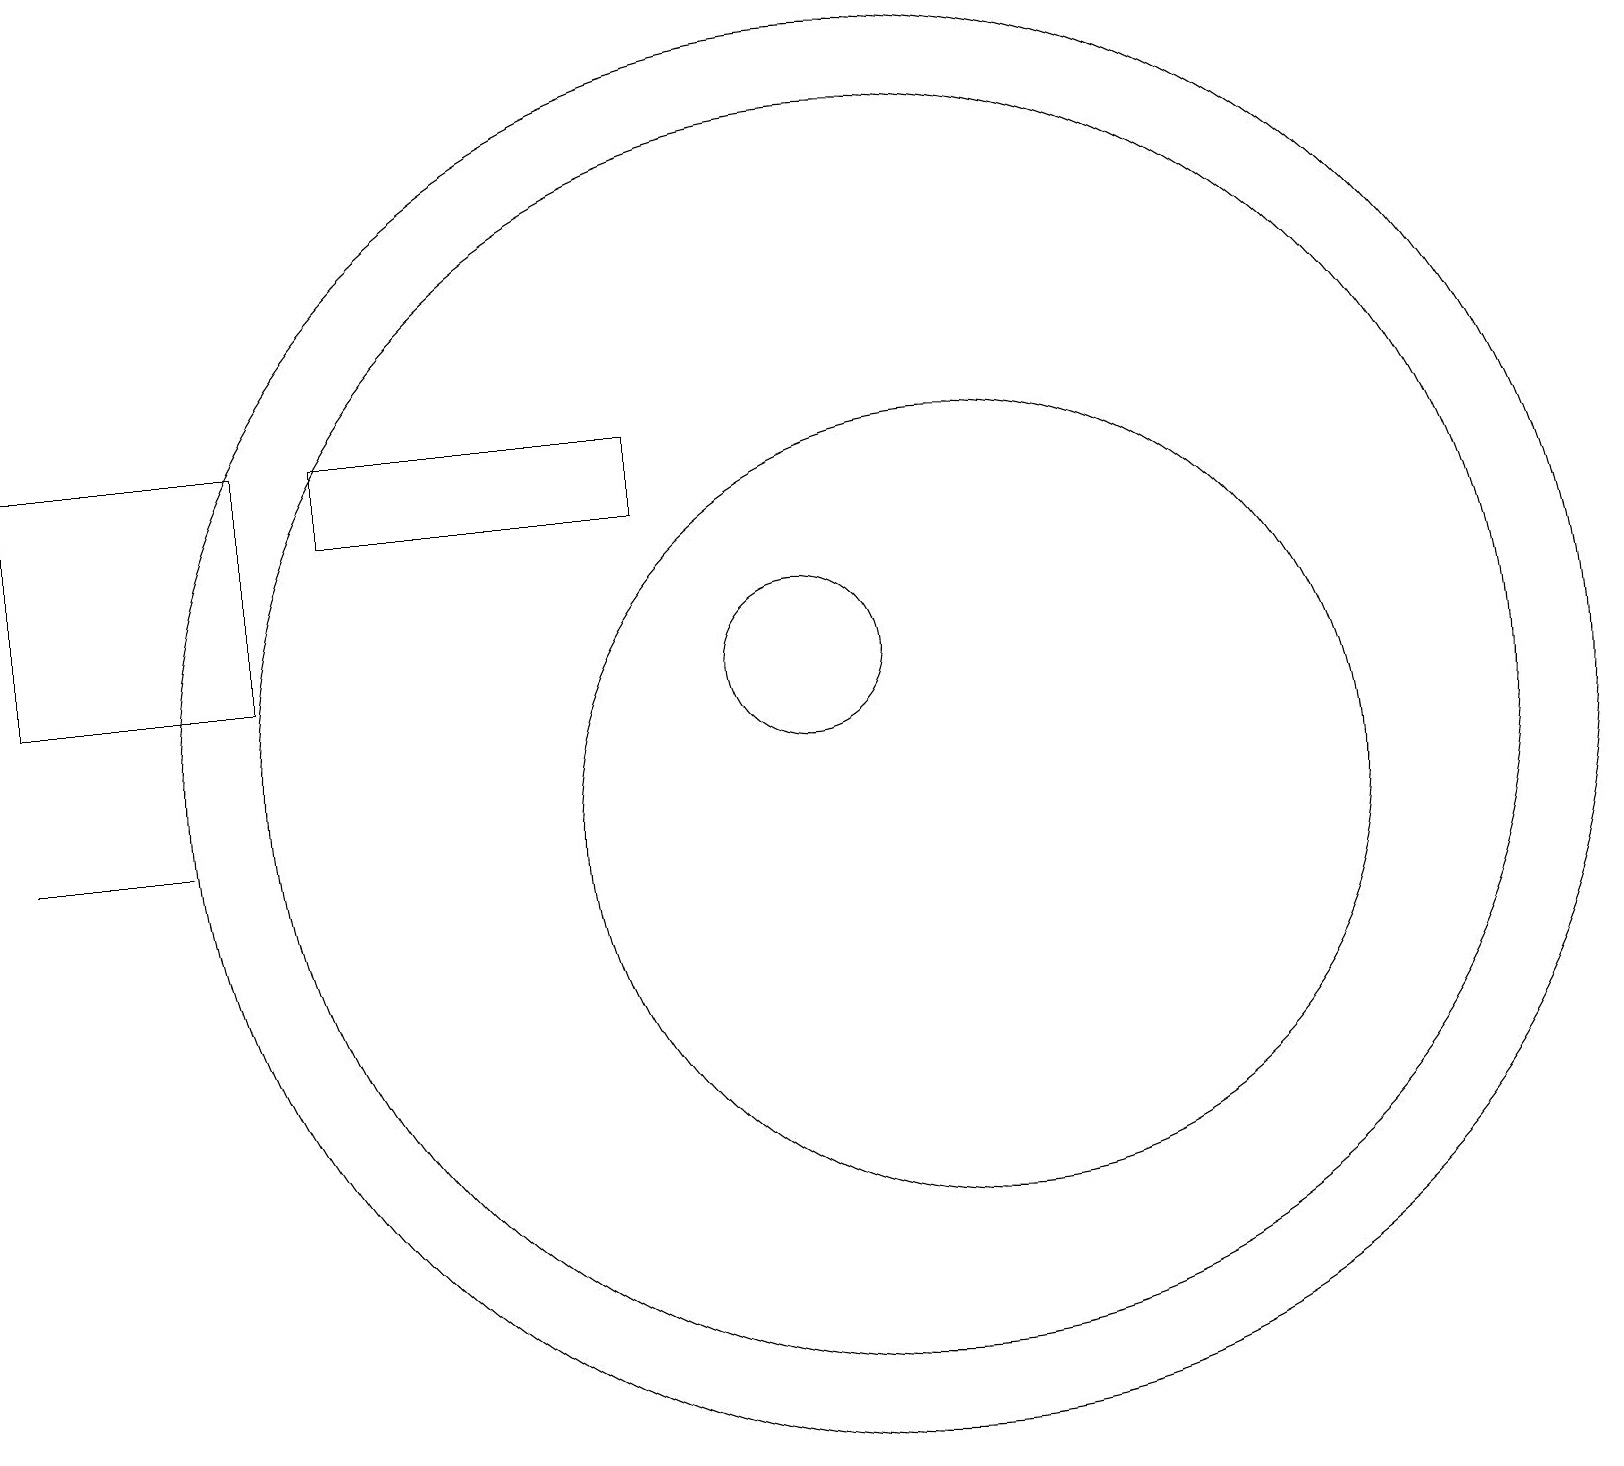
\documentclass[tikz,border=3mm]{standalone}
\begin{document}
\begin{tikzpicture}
\draw (3,12) rectangle (0,15);
\draw (10,12) circle (1);
\draw (11,11) circle (9);
\draw (11,11) circle (8);
\draw (4,14) rectangle (8,15);
\draw (12,10) circle (5);
\draw (0,10) rectangle (2,10);
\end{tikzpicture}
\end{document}